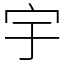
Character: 宇